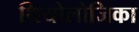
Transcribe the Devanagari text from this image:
थियोलोजिका